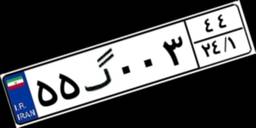
۵۵گ۰۰۳۴۴